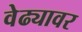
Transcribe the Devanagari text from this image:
वेढ्यावर